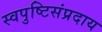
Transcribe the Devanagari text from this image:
स्वपुष्टिसंप्रदाय